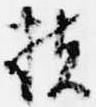
扶